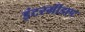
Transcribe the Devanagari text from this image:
इंटरमीडएट